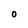
Character: o